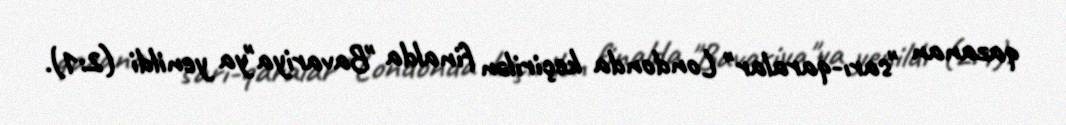
qazanan "sarı-qaralar" Londonda keçirilən finalda "Bavariya"ya yenildi (2:1).